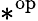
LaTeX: *^{\mathrm{op}}